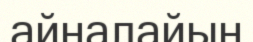
айналайын